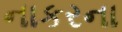
નાકરના